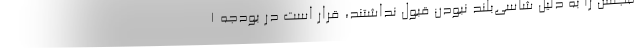
مجلس را به دلیل شاسی‌بلند نبودن قبول نداشتند، قرار است در بودجه ۱